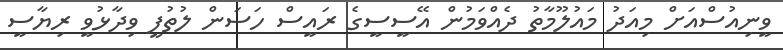
ވީނިއުސްއަށް މިއަދު މައުލޫމާތު ދެއްވަމުން އޭސީސީގެ ރައީސް ހަސަން ލުތުފީ ވިދާޅުވީ ރިޔާސީ